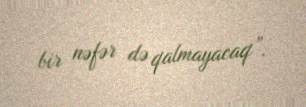
bir nəfər də qalmayacaq”.